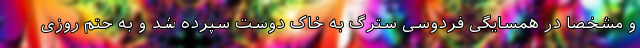
و مشخصا در همسایگی فردوسی سترگ به خاک دوست سپرده شد و به حتم روزی